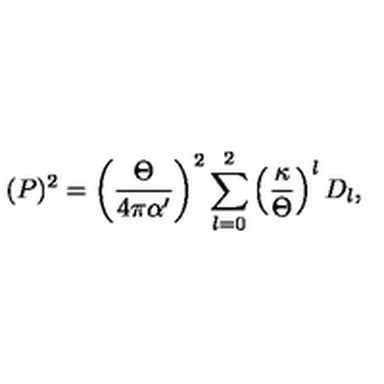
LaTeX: ( P ) ^ { 2 } = \left( { \frac { \Theta } { 4 \pi \alpha ^ { \prime } } } \right) ^ { 2 } \sum _ { l = 0 } ^ { 2 } \left( \frac { \kappa } { \Theta } \right) ^ { l } D _ { l } ,